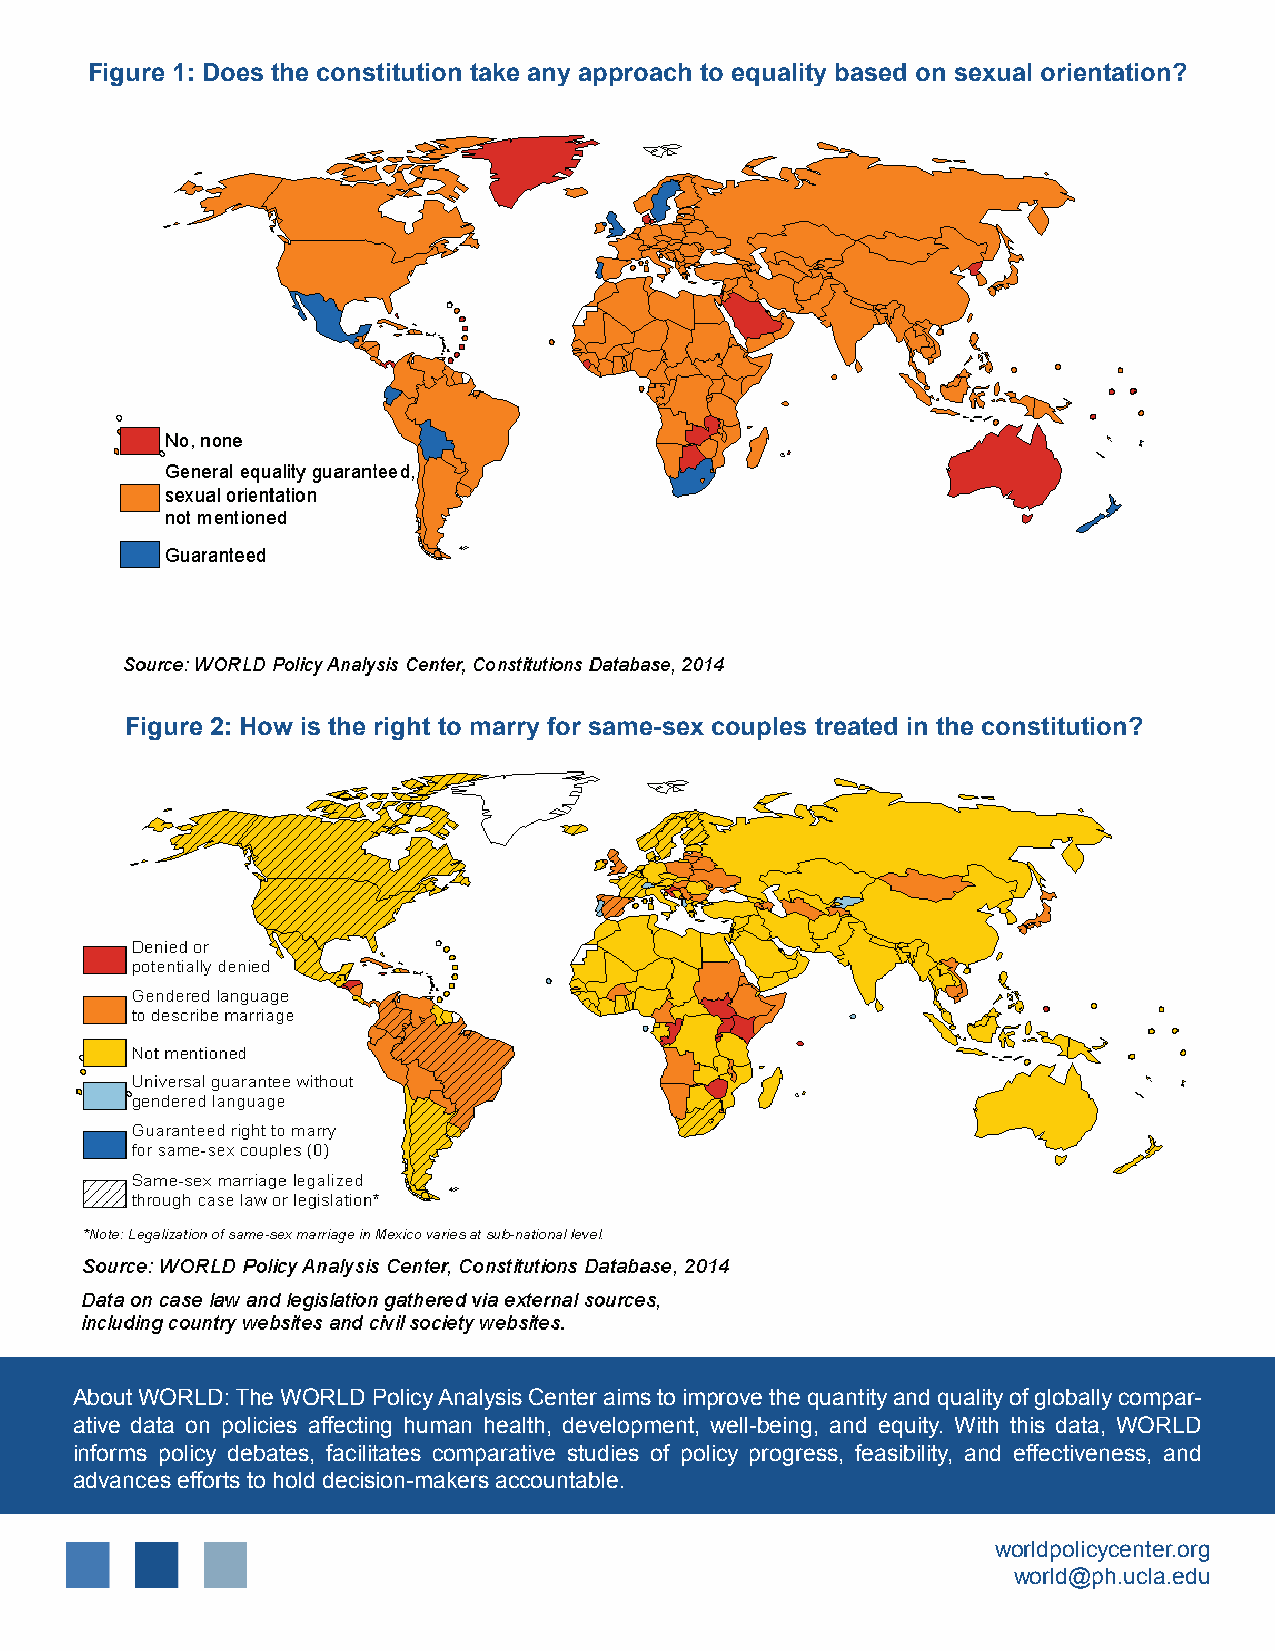
Figure 1: Does the constitution take any approach to equality based on sexual orientation?
 Figure 2: How is the right to marry for same-sex couples treated in the constitution?
 About WORLD: The WORLD Policy Analysis Center aims to improve the quantity and quality of globally compar-
 ative data on policies affecting human health, development, well-being, and equity. With this data, WORLD
 informs policy debates, facilitates comparative studies of policy progress, feasibility, and effectiveness, and
 advances efforts to hold decision-makers accountable.:
 worldpolicycenter.org
 world@ph.ucla.edu